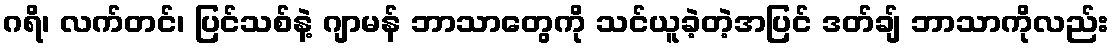
ဂရိ၊ လက်တင်၊ ပြင်သစ်နဲ့ ဂျာမန် ဘာသာတွေကို သင်ယူခဲ့တဲ့အပြင် ဒတ်ချ် ဘာသာကိုလည်း